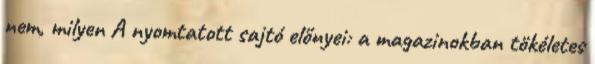
nem, milyen A nyomtatott sajtó előnyei: a magazinokban tökéletes